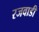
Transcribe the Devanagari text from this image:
रजवाडी